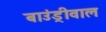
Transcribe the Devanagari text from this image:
बाउंड्रीवाल